system: You are a helpful assistant.
user:
Analyze the provided spectrum to determine if it is a **"Cataclysmic Variables (CV)"**.

- **Key Indicators for CV (Check for either state):**
    - **State 1: Quiescent / Low-State (Emission-Dominated)**
        - **(Primary):** Strong and *very broad* Hydrogen Balmer emission lines (e.g., $H\alpha$ at 6563 Å, $H\beta$ at 4861 Å). The 'broadness' (high velocity dispersion, often FWHM > 1000 km/s) is the key diagnostic, indicating a high-velocity accretion disk.
        - **(Secondary):** Broad neutral Helium (He I) emission lines (e.g., 5876 Å, 6678 Å).
        - **(Key Confirmation):** Presence of high-excitation *ionized* Helium (He II) emission at 4686 Å. This is a strong indicator of accretion onto a white dwarf.
        - **(Line Profile):** Emission lines may exhibit a 'double-peaked' profile, which is a classic signature of a rotating accretion disk viewed at high inclination.

    - **State 2: Outburst / High-State (Absorption-Dominated)**
        - **(Primary):** Spectrum is dominated by a bright, blue continuum (looks like a hot star).
        - **(Secondary):** The emission lines from State 1 are weak, absent, or 'filled in', and are replaced by broad, shallow *absorption* lines (primarily Balmer and He I).
        - **(Morphology):** The overall spectrum mimics a hot B/A-type star. The crucial difference is that the absorption lines are significantly broader, shallower, and more 'washed-out' (or 'smeared') than the sharp lines of a normal stellar photosphere, due to high rotational speeds and pressure broadening in the disk.

Think first, call **spectral_visualization_tool** if needed to examine features in detail, then provide your final answer. Your response must adhere to the following strict rules:
1.  **Overall Structure:** Your response must follow the format `<think>...</think> <tool_call>...</tool_call> (if a tool is used) <answer>...</answer>`.
2.  **Tool Usage Constraint:** You may only make **one** tool call per turn.
3.  **Final Answer Format:** In the `<answer>` tag, your conclusion must be inside a `\boxed{}` command (e.g., `\boxed{YES}`), followed by your justification.

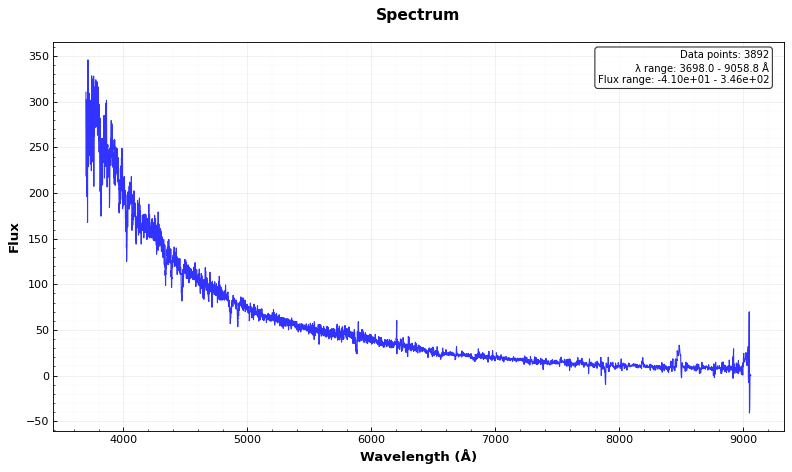
Answer: NO